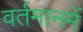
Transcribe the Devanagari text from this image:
वर्तमानमें